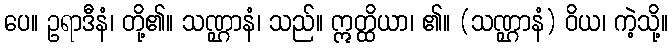
ပေ။ ဥရာဒီနံ၊ တို့၏။ သဏ္ဌာနံ၊ သည်။ ဣတ္ထိယာ၊ ၏။ (သဏ္ဌာနံ) ဝိယ၊ ကဲ့သို့။